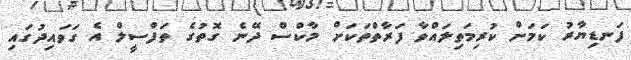
ފަނޑިޔާރު ކަމަށް ކުރިމަތިލައްވާ ފަރާތްތަކަށް މާކްސް ދޭނެ ގޮތުގެ ތަފްސީލް އެ ގަވައިދުގައި